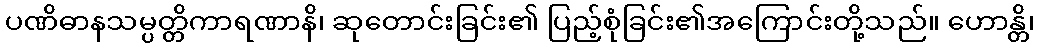
ပဏိဓာနသမ္ပတ္တိကာရဏာနိ၊ ဆုတောင်းခြင်း၏ ပြည့်စုံခြင်း၏အကြောင်းတို့သည်။ ဟောန္တိ၊